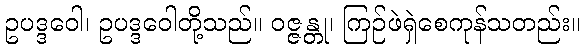
ဥပဒ္ဒဝေါ၊ ဥပဒ္ဒဝေါတို့သည်။ ဝဇ္ဇန္တု၊ ကြဉ်ဖဲရှဲစေကုန်သတည်း။